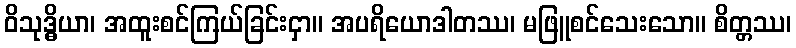
ဝိသုဒ္ဓိယာ၊ အထူးစင်ကြယ်ခြင်းငှာ။ အပရိယောဒါတဿ၊ မဖြူစင်သေးသော။ စိတ္တဿ၊